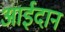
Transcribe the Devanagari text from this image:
आईदान